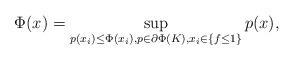
LaTeX: \begin{align*}\Phi(x) = \sup_{p(x_i) \leq \Phi(x_i), p\in \partial \Phi(K), x_i \in \{f \leq 1\} } p(x),\end{align*}